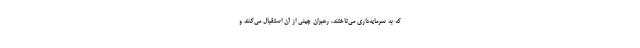
که به سرمایه‌داری می‌تاختند، رهبران چینی از آن استقبال می‌کنند و